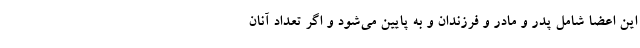
این اعضا شامل پدر و مادر و فرزندان و به پایین می‌شود و اگر تعداد آنان